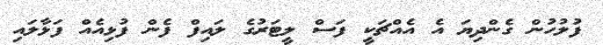
ފުލުހުން ގެންދިޔަ އެ އެއްޗަކީ ފަސް ލީޓަރުގެ ލައިފް ފެން ފުޅިއެއް ފަޅާލައި